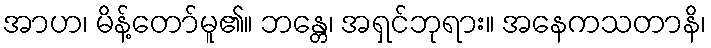
အာဟ၊ မိန့်တော်မူ၏။ ဘန္တေ၊ အရှင်ဘုရား။ အနေကသတာနိ၊